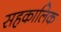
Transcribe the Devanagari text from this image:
सहकालिक